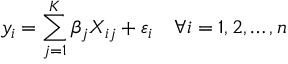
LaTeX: y _ { i } = \sum _ { j = 1 } ^ { K } \beta _ { j } X _ { i j } + \varepsilon _ { i } \quad \forall i = 1 , 2 , \ldots , n